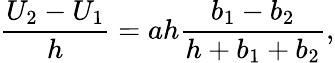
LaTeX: \frac{U_{2}-U_{1}}{h}=ah\frac{b_{1}-b_{2}}{h+b_{1}+b_{2}},